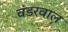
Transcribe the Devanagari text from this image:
वंडरवाल